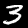
Digit: 3